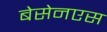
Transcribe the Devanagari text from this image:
बेसेनएस